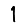
Digit: 1